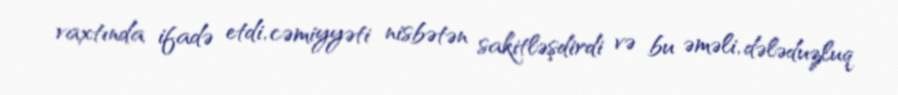
vaxtında ifadə etdi, cəmiyyəti nisbətən sakitləşdirdi və bu əməli, dələduzluq